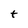
Character: t